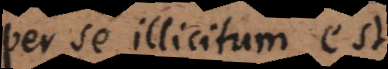
per se illicitum est.